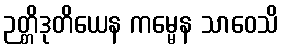
ဉတ္တိဒုတိယေန ကမ္မေန သာဝေသိ